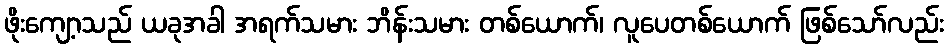
ဖိုးကျော့သည် ယခုအခါ အရက်သမား ဘိန်းသမား တစ်ယောက်၊ လူပေတစ်ယောက် ဖြစ်သော်လည်း